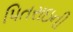
પિતરાઇની